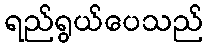
ရည်ရွယ်ပေသည်